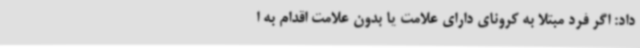
داد: اگر فرد مبتلا به کرونای دارای علامت یا بدون علامت اقدام به ا